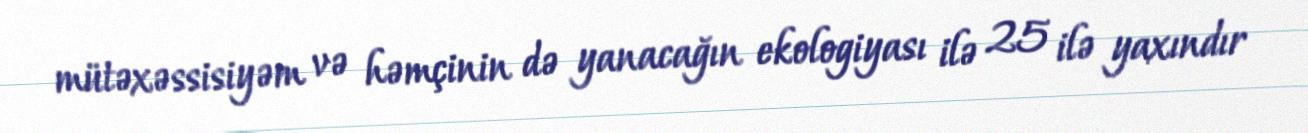
mütəxəssisiyəm və həmçinin də yanacağın ekologiyası ilə 25 ilə yaxındır